Indian journal of veterinary science and animal husbandry - Volumes 18-21, 1948-1951
Year: 1948
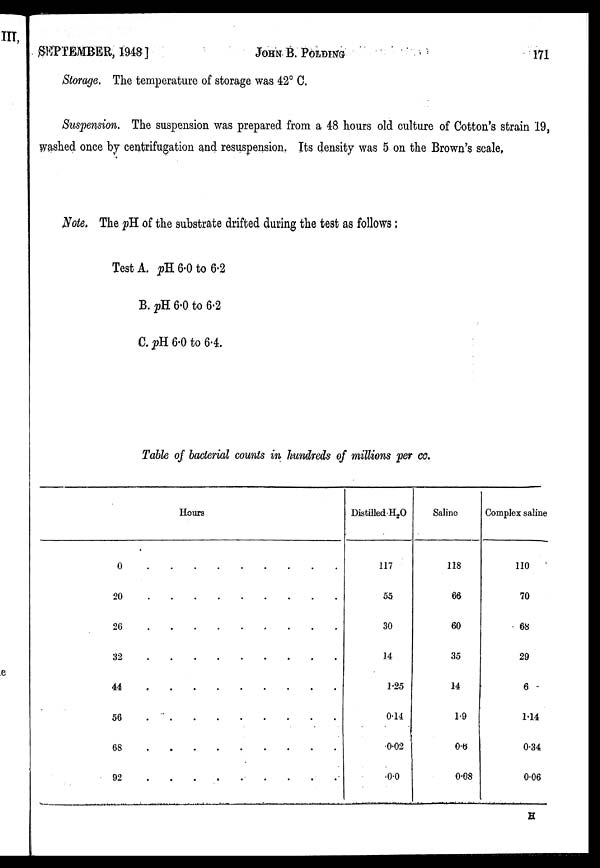
SEPTEMBER, 1948]
JOHN
B.
POLDING
171
Storage. The temperature of storage was 42° C.
Suspension. The suspension was prepared from a 48 hours old culture of Cotton's strain 19,
washed once by centrifugation and resuspension. Its density was 5 on the Brown's scale,
Note. The pH of the substrate drifted during the test as follows:
Test A. pH 6.0 to 6.2
B. pH 6.0 to 6.2
C. pH 6.0 to 6.4.
Table of bacterial counts in hundreds of millions per cc.
Hours
0
.
.
.
.
.
.
.
.
.
20
.
.
.
.
.
.
.
.
.
26
.
.
.
.
.
.
.
.
.
32 . . . . . . . . .
44 . . . . . . . . .
56
.
.
.
.
.
.
.
.
.
68 . . . . . . . . .
92 . . . . . . . . .
Distilled H 2 O
117
55
30
14
1.25
0.14
0.02
0.0
Saline
118
66
60
35
14
1.9
0.6
0.08
Complex saline
110
70
68
29
6
1.14
0.34
0.06
H